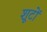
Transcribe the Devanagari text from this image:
शूटों